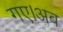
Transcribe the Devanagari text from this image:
गए।अब